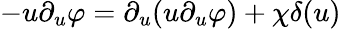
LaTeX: -u\partial_{u}\varphi=\partial_{u}(u\partial_{u}\varphi)+\chi\delta(u)